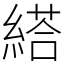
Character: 䌋